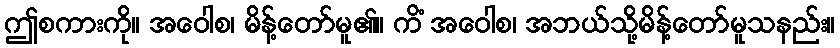
ဤစကားကို။ အဝေါစ၊ မိန့်တော်မူ၏။ ကိံ အဝေါစ၊ အဘယ်သို့မိန့်တော်မူသနည်း။